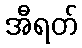
အီရတ်